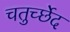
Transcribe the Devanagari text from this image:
चतुर्च्छेद